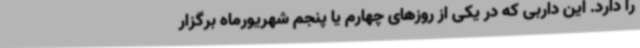
را دارد. این داربی که در یکی از روزهای چهارم یا پنجم شهریورماه برگزار